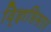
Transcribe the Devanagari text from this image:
वि्ज्ञप्तिसार